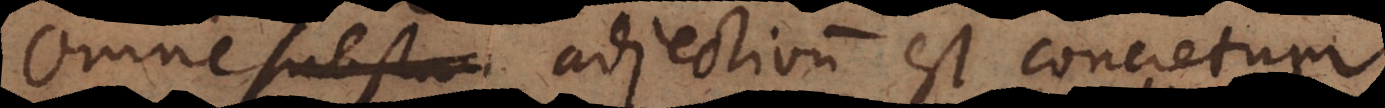
Omne substan adjectivum est concretum